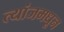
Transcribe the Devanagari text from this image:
त्यांजमधून